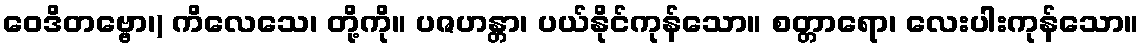
ဝေဒိတဗ္ဗော၊) ကိလေသေ၊ တို့ကို။ ပဇဟန္တာ၊ ပယ်နိုင်ကုန်သော။ စတ္တာရော၊ လေးပါးကုန်သော။